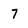
Character: 7